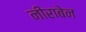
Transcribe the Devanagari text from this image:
नीराबेन